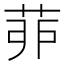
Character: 𦯆